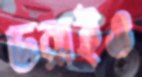
ডরাইও